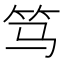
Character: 笃